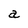
Character: a